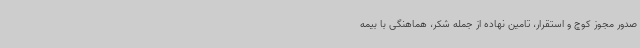
صدور مجوز کوچ و استقرار، تامین نهاده از جمله شکر، هماهنگی با بیمه